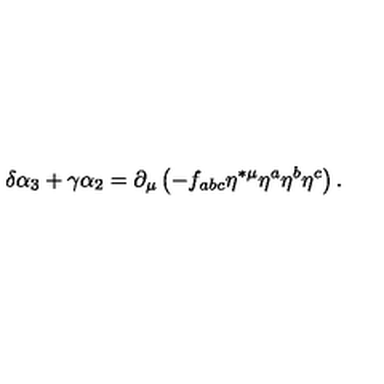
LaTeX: \delta \alpha _ { 3 } + \gamma \alpha _ { 2 } = \partial _ { \mu } \left( - f _ { a b c } \eta ^ { * \mu } \eta ^ { a } \eta ^ { b } \eta ^ { c } \right) .